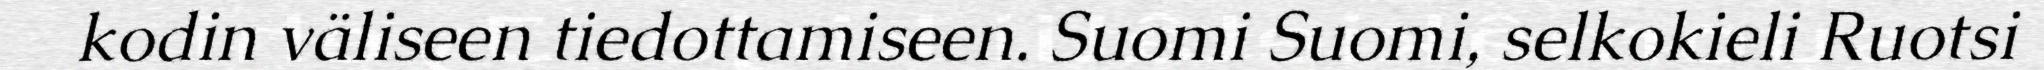
kodin väliseen tiedottamiseen. Suomi Suomi, selkokieli Ruotsi